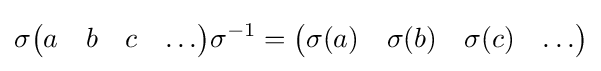
\sigma {\begin{pmatrix}a&b&c&\ldots \end{pmatrix}}\sigma ^{-1}={\begin{pmatrix}\sigma (a)&\sigma (b)&\sigma (c)&\ldots \end{pmatrix}}